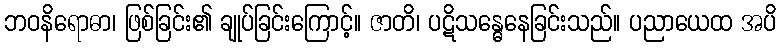
ဘဝနိရောဓာ၊ ဖြစ်ခြင်း၏ ချုပ်ခြင်းကြောင့်။ ဇာတိ၊ ပဋိသန္ဓေနေခြင်းသည်။ ပညာယေထ အပိ